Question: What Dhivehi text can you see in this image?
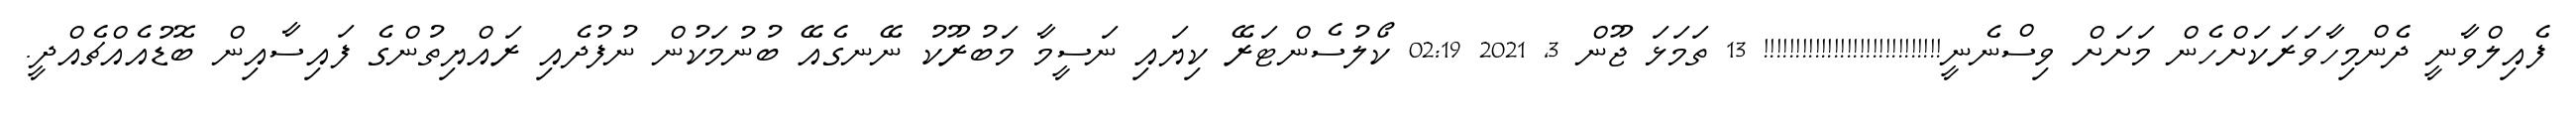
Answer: ފެއިލްވާނީ ދެންމިހާވަރަކަށްހެން މަށަށް ވިސްނެނީ!!!!!!!!!!!!!!!!!!!!!!!!!!!! 13 ތަމަޅަ ޖޫން 3, 2021 02:19 ކޯލުސެންޓަރޭ ކިޔައި ނަސީމާ މަބުރޫކު ނޭނގެއޭ ބުނުމަކުން ނުފުދެއި ރައްޔިތުންގެ ފައިސާއިން ބޮޑުއެއްޗެއްދީ.